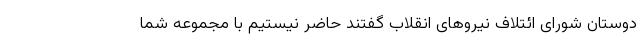
دوستان شورای ائتلاف نیروهای انقلاب گفتند حاضر نیستیم با مجموعه شما